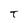
Character: T